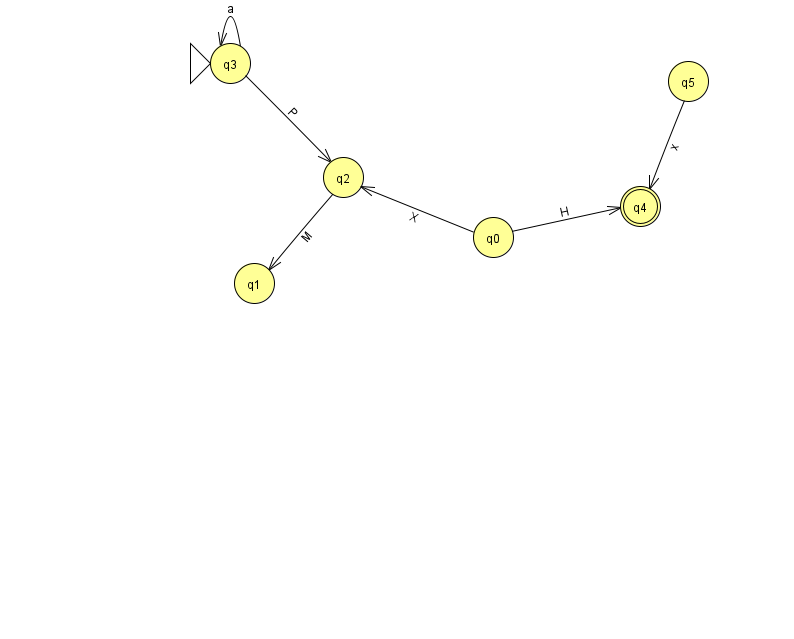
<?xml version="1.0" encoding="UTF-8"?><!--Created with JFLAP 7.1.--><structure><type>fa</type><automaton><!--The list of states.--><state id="0" name="q0"><x>493.0</x><y>224.0</y></state><state id="1" name="q1"><x>254.0</x><y>270.0</y></state><state id="2" name="q2"><x>343.0</x><y>164.0</y></state><state id="3" name="q3"><x>230.0</x><y>50.0</y><initial/></state><state id="4" name="q4"><x>640.0</x><y>193.0</y><final/></state><state id="5" name="q5"><x>688.0</x><y>68.0</y></state><!--The list of transitions.--><transition><from>3</from><to>3</to><read>a</read></transition><transition><from>0</from><to>4</to><read>H</read></transition><transition><from>0</from><to>2</to><read>X</read></transition><transition><from>2</from><to>1</to><read>M</read></transition><transition><from>5</from><to>4</to><read>x</read></transition><transition><from>3</from><to>2</to><read>P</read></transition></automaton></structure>